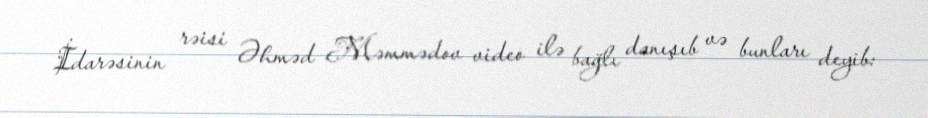
İdarəsinin rəisi Əhməd Məmmədov video ilə bağlı danışıb və bunları deyib: